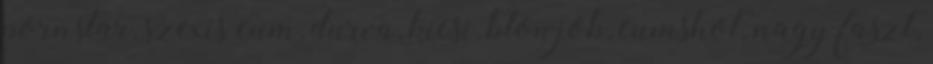
pornstar, szexis cum, durva, kicsi, blowjob, cumshot, nagy faszt,